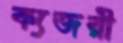
ক্যজরী